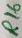
Text: R16